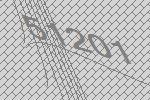
51201